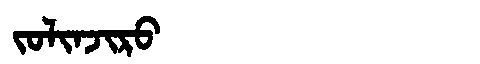
Manchu: ᠵᠣᠯᡳᠨᠵᡳᡵᠣ
Romanization: JOLINJIRO